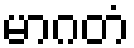
မာဂတံ